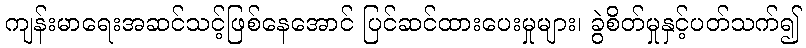
ကျန်းမာရေးအဆင်သင့်ဖြစ်နေအောင် ပြင်ဆင်ထားပေးမှုများ၊ ခွဲစိတ်မှုနှင့်ပတ်သက်၍